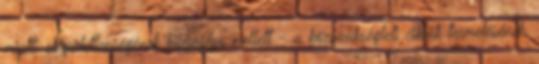
miatti elégedetlenségének kifejezése mellett - a közszükségleti cikkek termelésének,